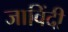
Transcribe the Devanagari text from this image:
जाविंदी